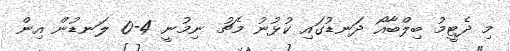
މި ދެޓީމު ބިލްބާއޯ ދަނޑުގައި ކުޅުނު މެޗު ނިމުނީ 4-0 ލަނޑުން އިން